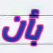
بأن